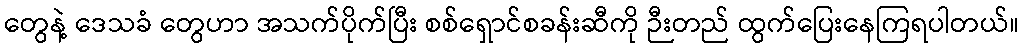
တွေနဲ့ ဒေသခံ တွေဟာ အသက်ပိုက်ပြီး စစ်ရှောင်စခန်းဆီကို ဉီးတည် ထွက်ပြေးနေကြရပါတယ်။